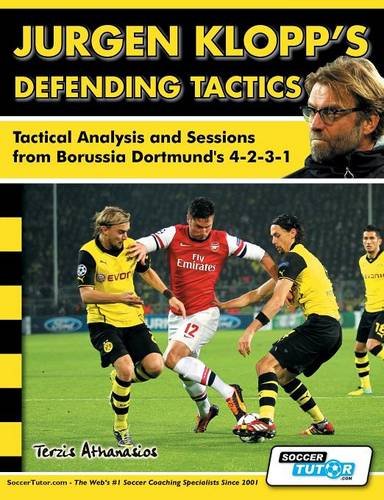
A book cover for Jurgen Klopp's Defending Tactics - Tactical Analysis and Sessions from Borussia Dortmund's 4-2-3-1; Athanasios Terzis; Sports & Outdoors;